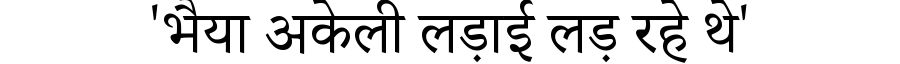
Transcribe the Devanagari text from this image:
'भैया अकेली लड़ाई लड़ रहे थे'